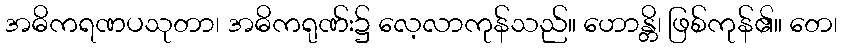
အဓိကရဏပသုတာ၊ အဓိကရုဏ်း၌ လေ့လာကုန်သည်။ ဟောန္တိ၊ ဖြစ်ကုန်၏။ တေ၊